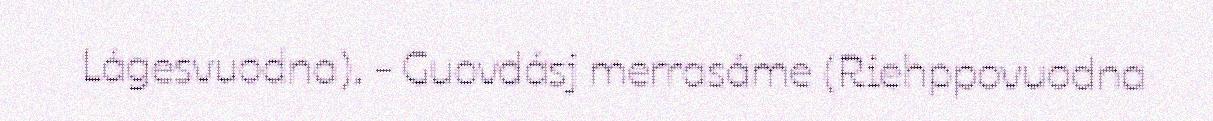
Lágesvuodna). - Guovdásj merrasáme (Riehppovuodna